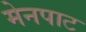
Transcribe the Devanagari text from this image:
मेनपाट